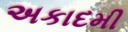
અકાદમી